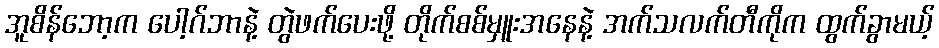
အူစိန်ဘော့က ပေါ့ဂ်ဘာနဲ့ တွဲဖက်ပေးဖို့ တိုက်စစ်မှူးအနေနဲ့ အက်သလက်တီကိုက ထွက်ခွာမယ့်